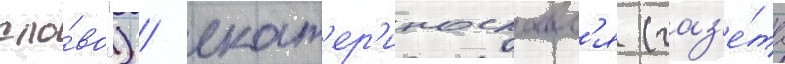
сло́во") / екат'ер'инославл'я (газ'е́та